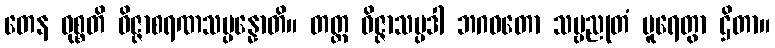
တေန ဝုစ္စတိ ဝိဇ္ဇာစရဏသမ္ပန္နောတိ။ တတ္ထ ဝိဇ္ဇာသမ္ပဒါ ဘဂဝတော သဗ္ဗညုတံ ပူရေတွာ ဌိတာ။